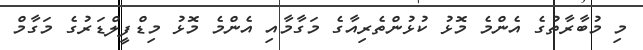
މި މުބާރާތުގެ އެންމެ މޮޅު ކުޅުންތެރިއާގެ މަގާމާއި އެންމެ މޮޅު މިޑްފީލްޑަރުގެ މަގާމް